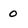
Character: 0